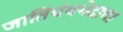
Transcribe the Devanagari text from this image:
जातिपंथभेदाचा